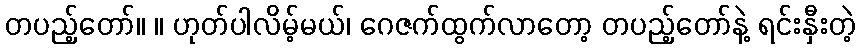
တပည့်တော်။ ။ ဟုတ်ပါလိမ့်မယ်၊ ဂေဇက်ထွက်လာတော့ တပည့်တော်နဲ့ ရင်းနှီးတဲ့